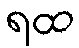
ရထ